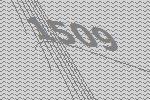
1509